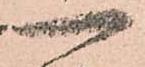
一